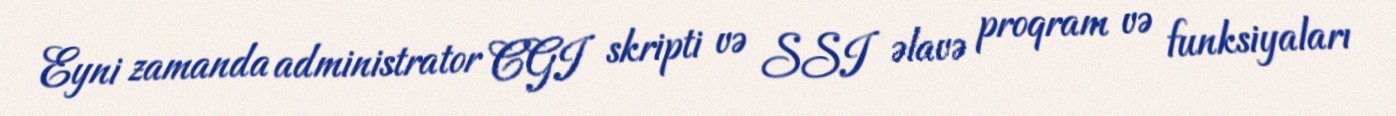
Eyni zamanda administrator CGI skripti və SSI əlavə proqram və funksiyaları